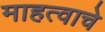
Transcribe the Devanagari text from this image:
माहत्वाचे